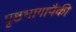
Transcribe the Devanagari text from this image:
पृष्ठभागापैकी